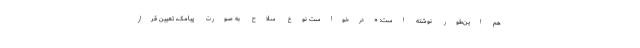
هم این‌طور نوشته است: «درخواست نوع سلاح به صورت پیامک، تعیین قرار